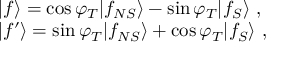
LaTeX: \begin{array} { l } { { | f \rangle = \cos \varphi _ { T } | f _ { N S } \rangle - \sin \varphi _ { T } | f _ { S } \rangle \ , } } \\ { { | f \prime \rangle = \sin \varphi _ { T } | f _ { N S } \rangle + \cos \varphi _ { T } | f _ { S } \rangle \ , } } \end{array}